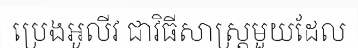
ប្រេងអូលីវ ជាវិធីសាស្ត្រមួយដែល